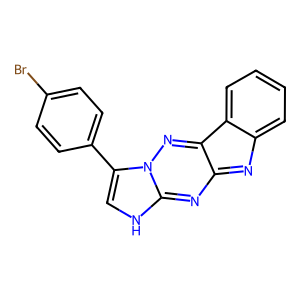
SMILES: Brc1ccc(-c2c[nH]c3nc4nc5ccccc5c-4nn23)cc1
Inhibits HIV replication: No